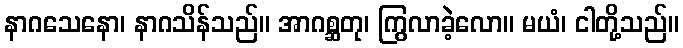
နာဂသေနော၊ နာဂသိန်သည်။ အာဂစ္ဆတု၊ ကြွလာခဲ့လော။ မယံ၊ ငါတို့သည်။